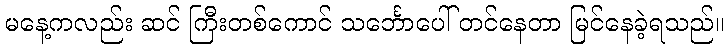
မနေ့ကလည်း ဆင် ကြီးတစ်ကောင် သင်္ဘောပေါ် တင်နေတာ မြင်နေခဲ့ရသည်။